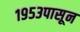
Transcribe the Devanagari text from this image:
१९५३पासून